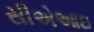
સીએઆઇ